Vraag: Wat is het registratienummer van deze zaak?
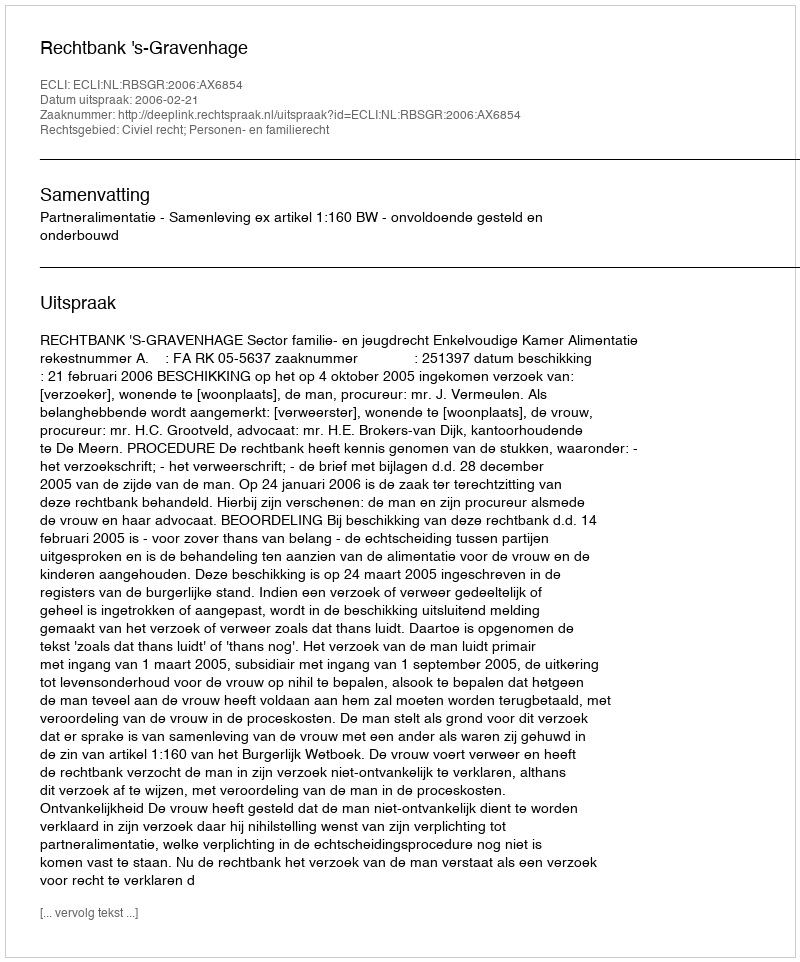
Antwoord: http://deeplink.rechtspraak.nl/uitspraak?id=ECLI:NL:RBSGR:2006:AX6854